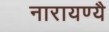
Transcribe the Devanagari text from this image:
नारायण्यै